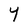
Character: Y